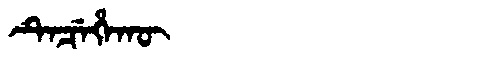
Manchu: ᡨᡝᠴᡝᡥᠠᡴᡡ
Romanization: TECEHAKŪ